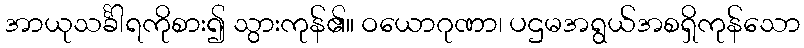
အာယုသင်္ခါရကိုစား၍ သွားကုန်၏။ ဝယောဂုဏာ၊ ပဌမအရွယ်အစရှိကုန်သော